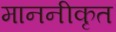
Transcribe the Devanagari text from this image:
माननीकृत